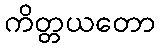
ကိတ္တယတော